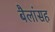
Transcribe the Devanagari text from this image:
बैलांसह